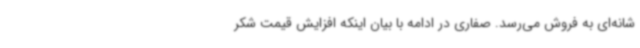
شانه‌ای به فروش می‌رسد. صفاری در ادامه با بیان اینکه افزایش قیمت شکر